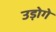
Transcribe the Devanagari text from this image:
उड़ोगे